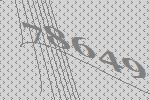
78649